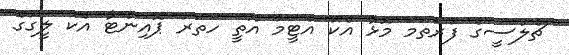
ޗެލްސީގެ ފުރަތަމަ މޮޅާ އެކު އެޓީމު އޮތީ ހަތަރު ޕޮއިންޓާ އެކު ލީގުގެ